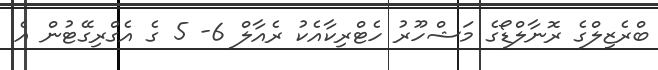
ބްރެޒިލްގެ ރޮނާލްޑޯގެ މަޝްހޫރު ހެޓްރިކާއެކު ރެއާލް 6- 5 ގެ އެގްރިގޭޓުން އެ